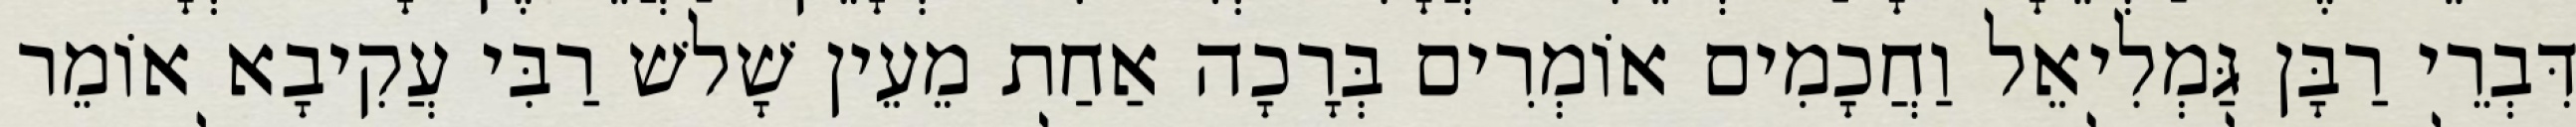
דִּבְרֵי רַבָּן גַּמְלִיאֵל וַחֲכָמִים אוֹמְרִים בְּרָכָה אַחַת מֵעֵין שָׁלשׁ רַבִּי עֲקִיבָא אוֹמֵר